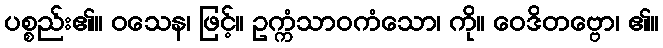
ပစ္စည်း၏။ ဝသေန၊ ဖြင့်။ ဥက္ကံသာဝကံသော၊ ကို။ ဝေဒိတဗ္ဗော၊ ၏။